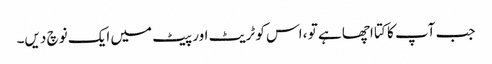
جب آپ کا کتا اچھا ہے تو ، اس کو ٹریٹ اور پیٹ میں ایک نوچ دیں۔